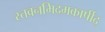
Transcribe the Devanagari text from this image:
स्तवनमिदमकार्षीद्